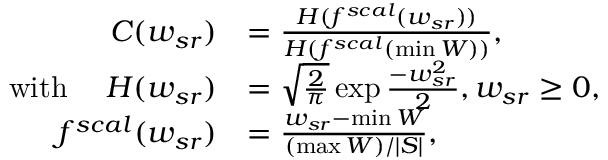
\begin{array} { r l } { C ( w _ { s r } ) } & { = \frac { H ( f ^ { s c a l } ( w _ { s r } ) ) } { H ( f ^ { s c a l } ( \operatorname* { m i n } W ) ) } , } \\ { \mathrm { w i t h } \quad \; H ( w _ { s r } ) } & { = \sqrt { \frac { 2 } { \pi } } \exp { \frac { - w _ { s r } ^ { 2 } } { 2 } } , w _ { s r } \geq 0 , } \\ { f ^ { s c a l } ( w _ { s r } ) } & { = \frac { w _ { s r } - \operatorname* { m i n } W } { ( \operatorname* { m a x } W ) / | S | } , } \end{array}